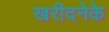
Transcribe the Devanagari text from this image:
खरीदनेके